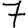
Digit: 7